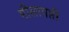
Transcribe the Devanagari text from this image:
मीलापप्ती